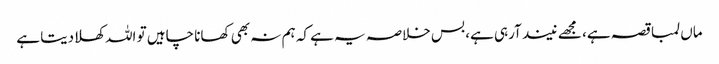
ماں لمبا قصہ ہے، مجھے نیند آرہی ہے، بس خلاصہ یہ ہے کہ ہم نہ بھی کھانا چاہیں تو اللہ کھلادیتا ہے